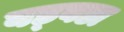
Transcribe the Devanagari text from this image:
बड्बडा